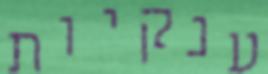
ענקיות